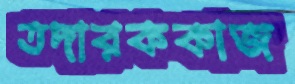
তদারককাজ